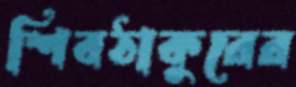
শিবঠাকুরের